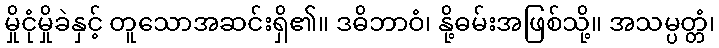
မှိုငုံမှိုခဲနှင့် တူသောအဆင်းရှိ၏။ ဒဓိဘာဝံ၊ နို့ဓမ်းအဖြစ်သို့။ အသမ္ပတ္တံ၊